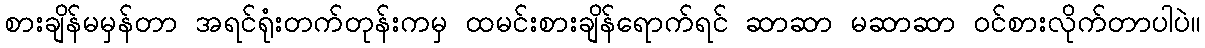
စားချိန်မမှန်တာ အရင်ရုံးတက်တုန်းကမှ ထမင်းစားချိန်ရောက်ရင် ဆာဆာ မဆာဆာ ဝင်စားလိုက်တာပါပဲ။